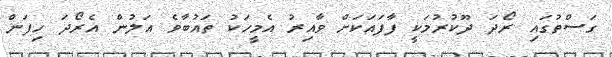
ގަސްތުގައި ރޯދަ ދޫކުރުމަކީ ފާފައަކަށް ވާއިރު އެމީހަކު ތައުބާވެ އަލުން އެރޯދަ ހިފަން